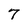
Character: 7